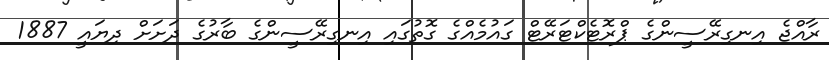
ރާއްޖެ އިނގިރޭސީންގެ ޕްރޮޓެކްޓަރޭޓް ގައުމެއްގެ ގޮތުގައި އިނގިރޭސީންގެ ބާރުގެ ދަށަށް ދިޔައީ 1887